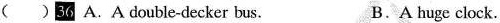
( )36.A. A double-decker bus. B. A huge clock.